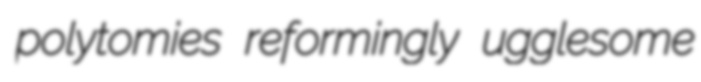
polytomies reformingly ugglesome